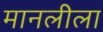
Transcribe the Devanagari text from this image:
मानलीला